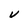
Character: V